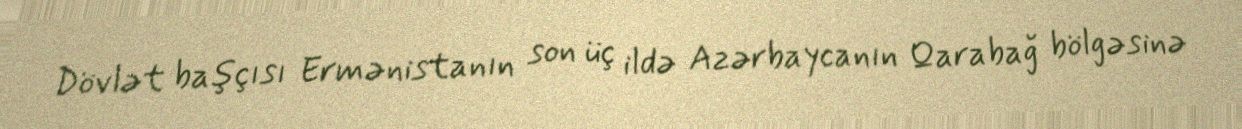
Dövlət başçısı Ermənistanın son üç ildə Azərbaycanın Qarabağ bölgəsinə